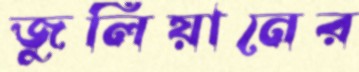
জুলিয়ানের